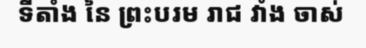
ទីតាំង នៃ ព្រះបរម រាជ វាំង ចាស់